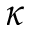
\kappa